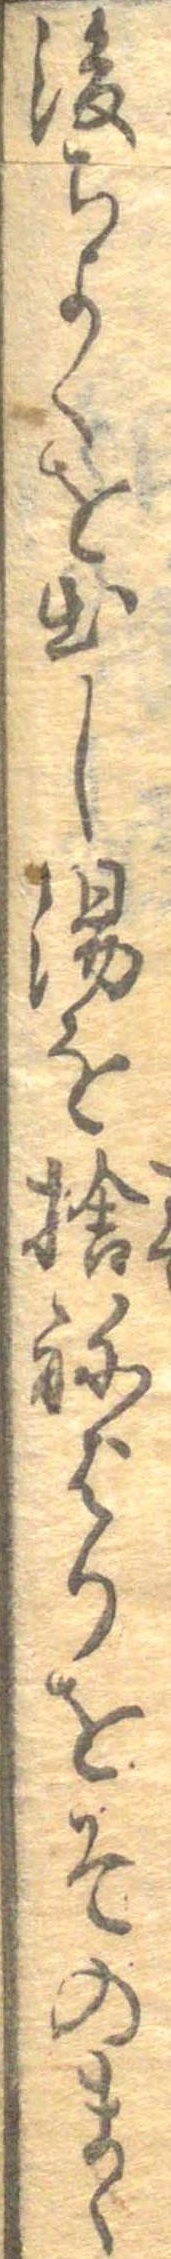
後ちよくを出し湯を捨ねばりをそのまゝ